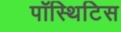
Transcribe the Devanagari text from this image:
पॉस्थिटिस